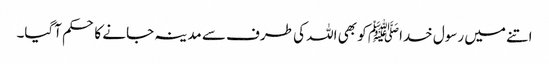
اتنے میں رسول خداﷺ کو بھی اللہ کی طرف سے مدینہ جانے کا حکم آگیا۔